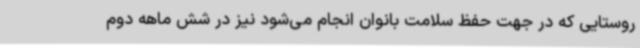
روستایی که در جهت حفظ سلامت بانوان انجام می‌شود نیز در شش ماهه دوم